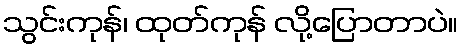
သွင်းကုန်၊ ထုတ်ကုန် လို့ပြောတာပဲ။